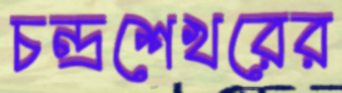
চন্দ্রশেখরের